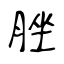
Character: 脞